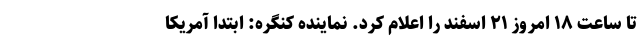
تا ساعت ۱۸ امروز ۲۱ اسفند را اعلام کرد. نماینده کنگره: ابتدا آمریکا